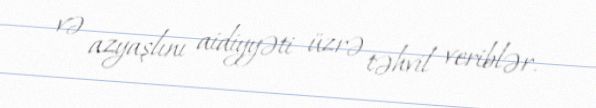
və azyaşlını aidiyyəti üzrə təhvil veriblər.